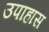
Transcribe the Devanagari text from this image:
उपाहास